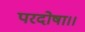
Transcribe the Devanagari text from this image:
परदोषा।।